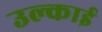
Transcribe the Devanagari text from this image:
उल्काई